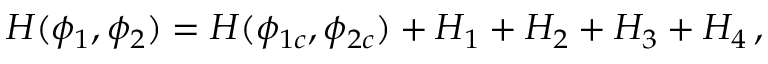
H ( \phi _ { 1 } , \phi _ { 2 } ) = H ( \phi _ { 1 c } , \phi _ { 2 c } ) + H _ { 1 } + H _ { 2 } + H _ { 3 } + H _ { 4 } \, ,